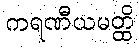
ကရဏီယမတ္ထိ